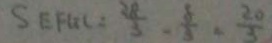
S _ { E F G C } = \frac { 2 8 } { 3 } - \frac { 8 } { 3 } - \frac { 2 0 } { 3 }